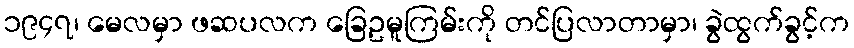
၁၉၄၇၊ မေလမှာ ဖဆပလက ခြေဥမူကြမ်းကို တင်ပြလာတာမှာ၊ ခွဲထွက်ခွင့်က